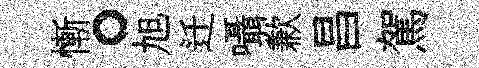
慚。旭迁囁歉昌駕